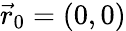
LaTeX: \vec{r}_{0}=(0,0)